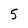
Character: 5